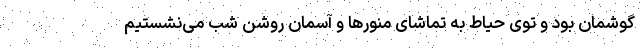
گوشمان بود و توی حیاط به تماشای منور‌ها و آسمان روشن شب می‌نشستیم